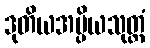
ဒုတိယအပ္ပိယသုတ္တံ